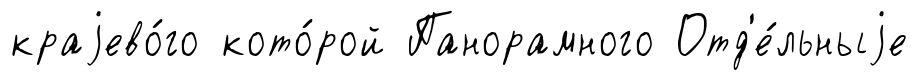
краjево́го кото́рой Панорамного Отд'е́льныjе